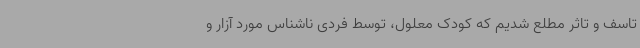
تاسف و تاثر مطلع شدیم که کودک معلول، توسط فردی ناشناس مورد آزار و